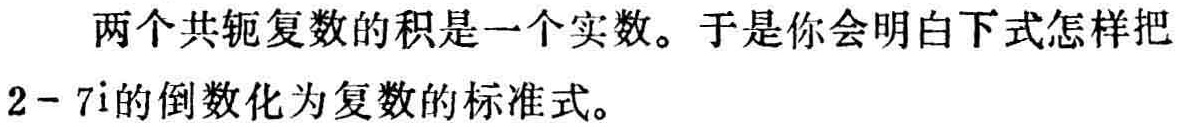
两个共轭复数的积是一个实数。于是你会明白下式怎样把\(2 - 7\mathrm{i}\)的倒数化为复数的标准式。